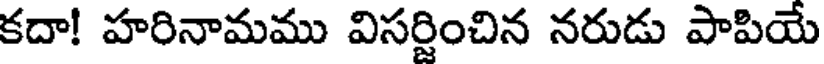
కదా! హరినామము విసర్జించిన నరుడు పాపియే